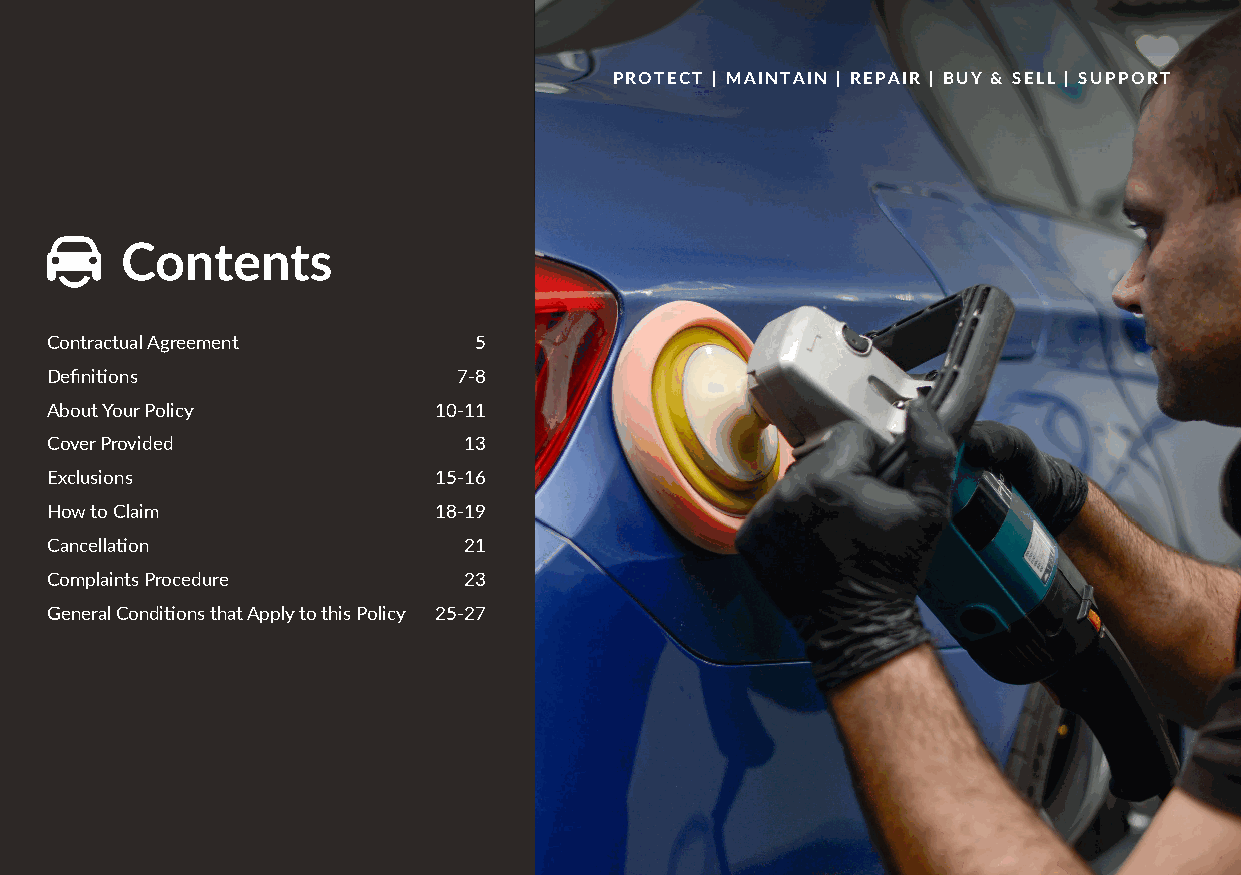
PROTECT | MAINTAIN | REPAIR | BUY & SELL | SUPPORT
 Contents
 Contractual Agreement       5
 Definitions                7-8
 About Your Policy         10-11
 Cover Provided              13
 Exclusions                15-16
 How to Claim              18-19
 Cancellation                21
 Complaints Procedure        23
 General Conditions that Apply to this Policy 25-27